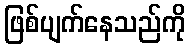
ဖြစ်ပျက်နေသည်ကို